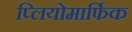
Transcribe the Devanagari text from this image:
प्लियोमार्फिक